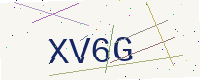
Text: XV6G